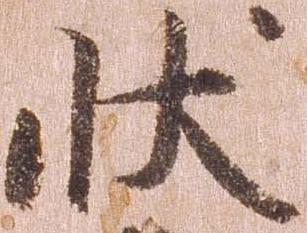
状